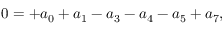
0 = + { a _ { 0 } } + { a _ { 1 } } - { a _ { 3 } } - { a _ { 4 } } - { a _ { 5 } } + a _ { 7 } ,